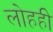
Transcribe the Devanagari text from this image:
लोहही